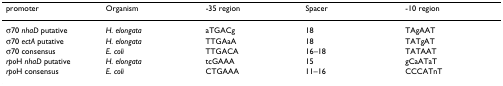
<table><thead><tr><td><b>promoter</b></td><td><b>Organism</b></td><td><b>-35 region</b></td><td><b>Spacer</b></td><td><b>-10 region</b></td></tr></thead><tbody><tr><td>σ70 <i>nhaD </i>putative</td><td><i>H. elongata</i></td><td>aTGACg</td><td>18</td><td>TAgAAT</td></tr><tr><td>σ70 <i>ectA </i>putative</td><td><i>H. elongata</i></td><td>TTGAaA</td><td>18</td><td>TATgAT</td></tr><tr><td>σ70 consensus</td><td><i>E. coli</i></td><td>TTGACA</td><td>16–18</td><td>TATAAT</td></tr><tr><td><i>rpo</i>H <i>nhaD </i>putative</td><td><i>H. elongata</i></td><td>tcGAAA</td><td>15</td><td>gCaATaT</td></tr><tr><td><i>rpo</i>H consensus</td><td><i>E. coli</i></td><td>CTGAAA</td><td>11–16</td><td>CCCATnT</td></tr></tbody></table>